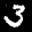
Label: 3